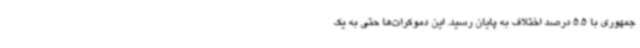
جمهوری با 5.5 درصد اختلاف به پایان رسید. این دموکرات‌ها حتی به یک